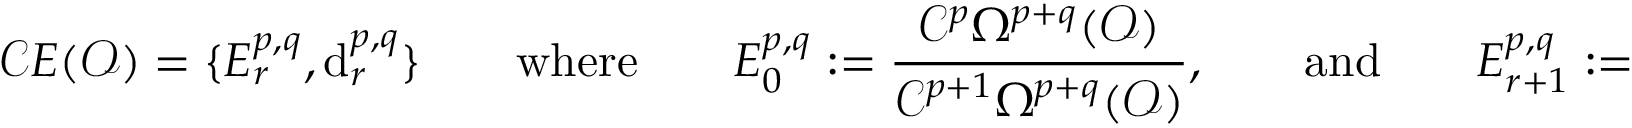
{ \mathcal { C } } E ( { \mathcal { O } } ) = \{ E _ { r } ^ { p , q } , { \mathrm { d } } _ { r } ^ { p , q } \} \qquad { \mathrm { w h e r e } } \qquad E _ { 0 } ^ { p , q } : = { \frac { { \mathcal { C } } ^ { p } \Omega ^ { p + q } ( { \mathcal { O } } ) } { { \mathcal { C } } ^ { p + 1 } \Omega ^ { p + q } ( { \mathcal { O } } ) } } , \qquad { \mathrm { a n d } } \qquad E _ { r + 1 } ^ { p , q } : = H ( E _ { r } ^ { p , q } , d _ { r } ^ { p , q } )